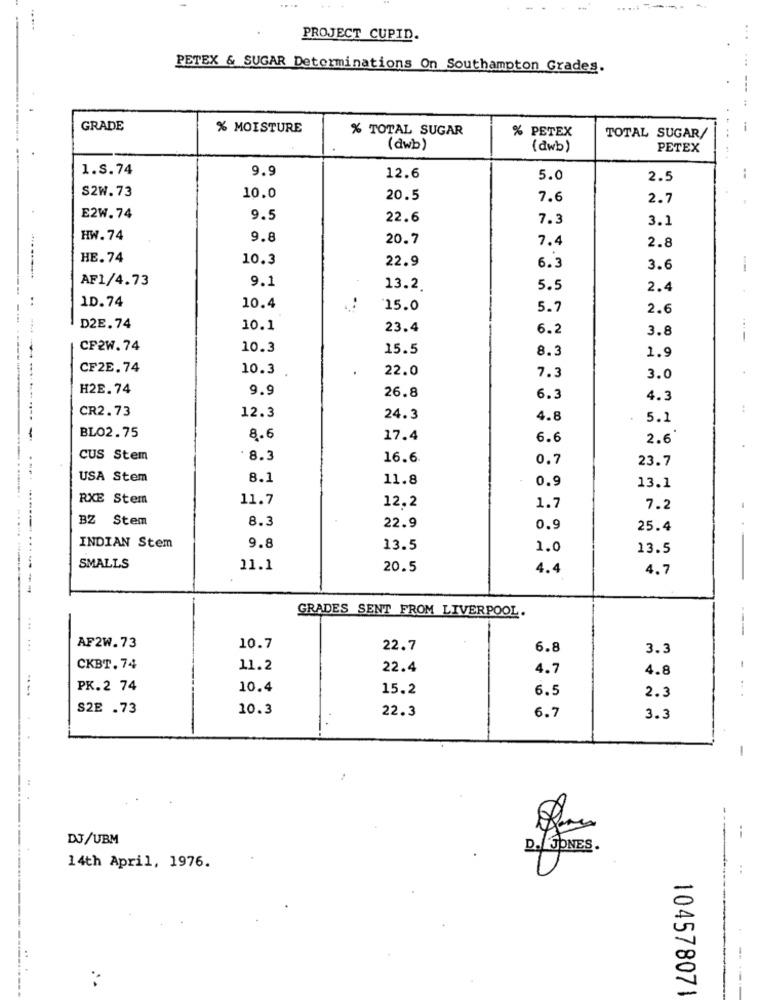
....
PROJECT CUPID.
PETEX & SUGAR Determinations On Southampton Grades.
GRADE
% MOISTURE
% TOTAL SUGAR
% PETEX
TOTAL SUGAR/
(dwb)
(dwb)
PETEX
1.S.74
9.9
12.6
5.0
2.5
S2W. 73
10.0
20.5
7.6
2.7
E2W. 74
9.5
22.6
7.3
3.1
HW. 74
9.8
20.7
7.4
2.8
HE. 74
10.3
22.9
6.3
3.6
AF1/4.73
9.1
13.2
5.5
2.4
..
1D.74
10.4
15.0
5.7
2.6
:
-...
D2E.74
10.1
23.4
6.2
3.8
CP2W. 74
10.3
15.5
8.3
1.9
CF2E.74
10.3
22.0
7.3
3.0
H2E. 74
9.9
26.8
6.3
4.3
CR2.73
..
12.3
24.3
4.8
5.1
BLO2.75
8.6
17.4
6.6
2.6
CUS Stem
. 8.3
16.6
0.7
23.7
USA Stem
8.1
11.8
0.9
13.1
RXE Stem
11.7
12.2
1.7
7.2
BZ Stem
8.3
22.9
0.9
25.4
INDIAN Stem
9.8
13.5
1.0
13.5
SMALLS
11.1
20.5
4.4
4.7
-
GRADES SENT FROM LIVERPOOL.
. ..
AF2W.73
...
10.7
22.7
6.8
3.3
CKBT.74
11.2
22.4
4.7
4.8
PK.2 74
10.4
15.2
6.5
2.3
....
S2E .73
10.3
22.3
6.7
3.3
-
DJ/UBM
D. JONES.
14th April, 1976.
104578071